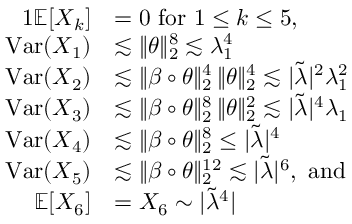
\begin{array} { r l } { { 1 } \mathbb { E } [ X _ { k } ] } & { = 0 \mathrm { ~ f o r ~ } 1 \leq k \leq 5 , } \\ { \mathrm { V a r } ( X _ { 1 } ) } & { \lesssim \| \theta \| _ { 2 } ^ { 8 } \lesssim \lambda _ { 1 } ^ { 4 } } \\ { \mathrm { V a r } ( X _ { 2 } ) } & { \lesssim \| \beta \circ \theta \| _ { 2 } ^ { 4 } \, \| \theta \| _ { 2 } ^ { 4 } \lesssim | \tilde { \lambda } | ^ { 2 } \lambda _ { 1 } ^ { 2 } } \\ { \mathrm { V a r } ( X _ { 3 } ) } & { \lesssim \| \beta \circ \theta \| _ { 2 } ^ { 8 } \, \| \theta \| _ { 2 } ^ { 2 } \lesssim | \tilde { \lambda } | ^ { 4 } \lambda _ { 1 } } \\ { \mathrm { V a r } ( X _ { 4 } ) } & { \lesssim \| \beta \circ \theta \| _ { 2 } ^ { 8 } \leq | \tilde { \lambda } | ^ { 4 } } \\ { \mathrm { V a r } ( X _ { 5 } ) } & { \lesssim \| \beta \circ \theta \| _ { 2 } ^ { 1 2 } \lesssim | \tilde { \lambda } | ^ { 6 } , \mathrm { ~ a n d ~ } } \\ { \mathbb { E } [ X _ { 6 } ] } & { = X _ { 6 } \sim | \tilde { \lambda } ^ { 4 } | } \end{array}